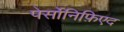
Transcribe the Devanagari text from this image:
पेर्सोनिफ़िएद